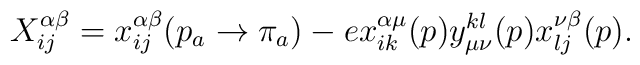
X^{\alpha \beta }_{ij}=x^{\alpha \beta }_{ij}(p_a\rightarrow \pi _a)-ex^{\alpha \mu }_{ik}(p)y_{\mu \nu }^{kl}(p)x^{\nu \beta }_{lj}(p).